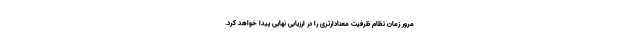
مرور زمان نظام ظرفیت معنادارتری را در ارزیابی نهایی پیدا خواهد کرد.